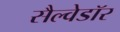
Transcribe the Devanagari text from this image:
सैल्वेडॉर